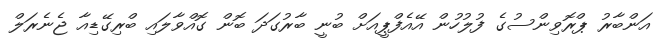
އަންބާރު ޕްރޮވިންސުގެ ފުލުހުން އޭއެފްޕީއަށް ބުނީ ބާރުގަދަ ބޮން ގޮއްވާލައި ބްރިގޭޑިއާ ޖެނެރަލް